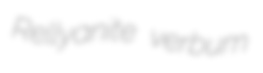
Rellyanite verbum